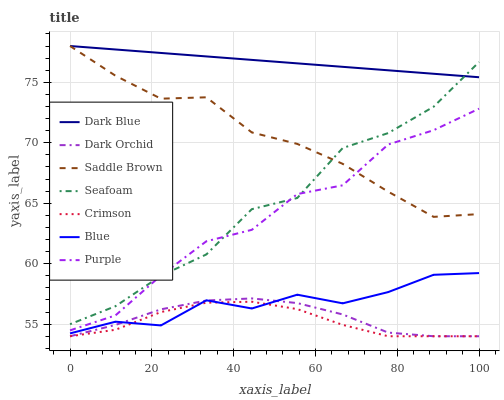
| xaxis_label | Dark Blue | Dark Orchid | Saddle Brown | Seafoam | Crimson | Blue | Purple |
 | --- | --- | --- | --- | --- | --- | --- | --- |
 | 0 | 78 | 54 | 78 | 55 | 54 | 54.2 | 54.5 |
 | 11.1 | 77.7 | 54.9 | 75.5 | 56.5 | 54.5 | 55.2 | 55.7 |
 | 22.2 | 77.4 | 56.2 | 73.6 | 59 | 56 | 54.9 | 59 |
 | 33.3 | 77.1 | 57 | 73.8 | 60.8 | 56.8 | 57 | 61.9 |
 | 44.4 | 76.9 | 57.1 | 70.9 | 64.5 | 56.9 | 56.3 | 62.8 |
 | 55.6 | 76.6 | 56.7 | 69.9 | 65.4 | 56.2 | 57.4 | 65.8 |
 | 66.7 | 76.3 | 55.8 | 68.3 | 69.6 | 54.9 | 56.7 | 66.5 |
 | 77.8 | 76 | 54.3 | 66 | 70.8 | 54 | 57.7 | 69.9 |
 | 88.9 | 75.7 | 54 | 63.9 | 73 | 54 | 59.1 | 71 |
 | 100 | 75.4 | 54 | 64.1 | 76.7 | 54 | 59.2 | 72.8 |